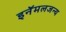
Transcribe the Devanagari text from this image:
इनॅमलजन्य